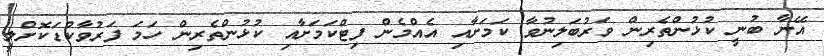
އޭނާ ބުނީ ކުޅުންތެރިން ވަރުބަލިނުވާ ކަމަށާއި އެއްމެން ފިޓްކަމަށާއި ކުޅުންތެރިން ހަމަ ފަރުވާކުޑަކޮށްލީ